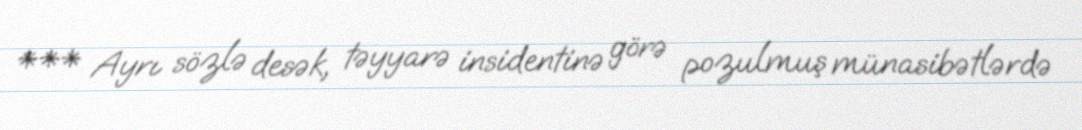
*** Ayrı sözlə desək, təyyarə insidentinə görə pozulmuş münasibətlərdə